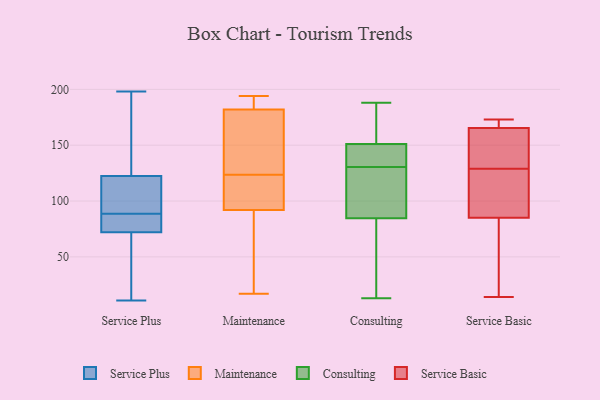
{"axis": {"x": "Energy Usage (MWh)", "y": "Value"}, "legend": ["Consulting", "Maintenance", "Service Basic", "Service Plus"], "data": [{"x": "", "y": 58, "type": "Service Plus"}, {"x": "", "y": 123, "type": "Service Plus"}, {"x": "", "y": 72, "type": "Service Plus"}, {"x": "", "y": 77, "type": "Service Plus"}, {"x": "", "y": 89, "type": "Service Plus"}, {"x": "", "y": 73, "type": "Service Plus"}, {"x": "", "y": 18, "type": "Service Plus"}, {"x": "", "y": 11, "type": "Service Plus"}, {"x": "", "y": 88, "type": "Service Plus"}, {"x": "", "y": 190, "type": "Service Plus"}, {"x": "", "y": 122, "type": "Service Plus"}, {"x": "", "y": 197, "type": "Service Plus"}, {"x": "", "y": 72, "type": "Service Plus"}, {"x": "", "y": 198, "type": "Service Plus"}, {"x": "", "y": 96, "type": "Service Plus"}, {"x": "", "y": 90, "type": "Service Plus"}, {"x": "", "y": 135, "type": "Maintenance"}, {"x": "", "y": 127, "type": "Maintenance"}, {"x": "", "y": 115, "type": "Maintenance"}, {"x": "", "y": 17, "type": "Maintenance"}, {"x": "", "y": 187, "type": "Maintenance"}, {"x": "", "y": 194, "type": "Maintenance"}, {"x": "", "y": 185, "type": "Maintenance"}, {"x": "", "y": 86, "type": "Maintenance"}, {"x": "", "y": 163, "type": "Maintenance"}, {"x": "", "y": 137, "type": "Maintenance"}, {"x": "", "y": 75, "type": "Maintenance"}, {"x": "", "y": 111, "type": "Maintenance"}, {"x": "", "y": 182, "type": "Maintenance"}, {"x": "", "y": 120, "type": "Maintenance"}, {"x": "", "y": 192, "type": "Maintenance"}, {"x": "", "y": 92, "type": "Maintenance"}, {"x": "", "y": 120, "type": "Maintenance"}, {"x": "", "y": 51, "type": "Maintenance"}, {"x": "", "y": 174, "type": "Consulting"}, {"x": "", "y": 86, "type": "Consulting"}, {"x": "", "y": 139, "type": "Consulting"}, {"x": "", "y": 156, "type": "Consulting"}, {"x": "", "y": 146, "type": "Consulting"}, {"x": "", "y": 188, "type": "Consulting"}, {"x": "", "y": 130, "type": "Consulting"}, {"x": "", "y": 131, "type": "Consulting"}, {"x": "", "y": 13, "type": "Consulting"}, {"x": "", "y": 25, "type": "Consulting"}, {"x": "", "y": 130, "type": "Consulting"}, {"x": "", "y": 83, "type": "Consulting"}, {"x": "", "y": 99, "type": "Service Basic"}, {"x": "", "y": 40, "type": "Service Basic"}, {"x": "", "y": 110, "type": "Service Basic"}, {"x": "", "y": 14, "type": "Service Basic"}, {"x": "", "y": 71, "type": "Service Basic"}, {"x": "", "y": 163, "type": "Service Basic"}, {"x": "", "y": 168, "type": "Service Basic"}, {"x": "", "y": 173, "type": "Service Basic"}, {"x": "", "y": 109, "type": "Service Basic"}, {"x": "", "y": 148, "type": "Service Basic"}, {"x": "", "y": 155, "type": "Service Basic"}, {"x": "", "y": 173, "type": "Service Basic"}]}